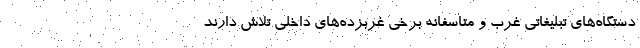
دستگاه‌های تبلیغاتی غرب و متاسفانه برخی غربزده‌های داخلی تلاش دارند